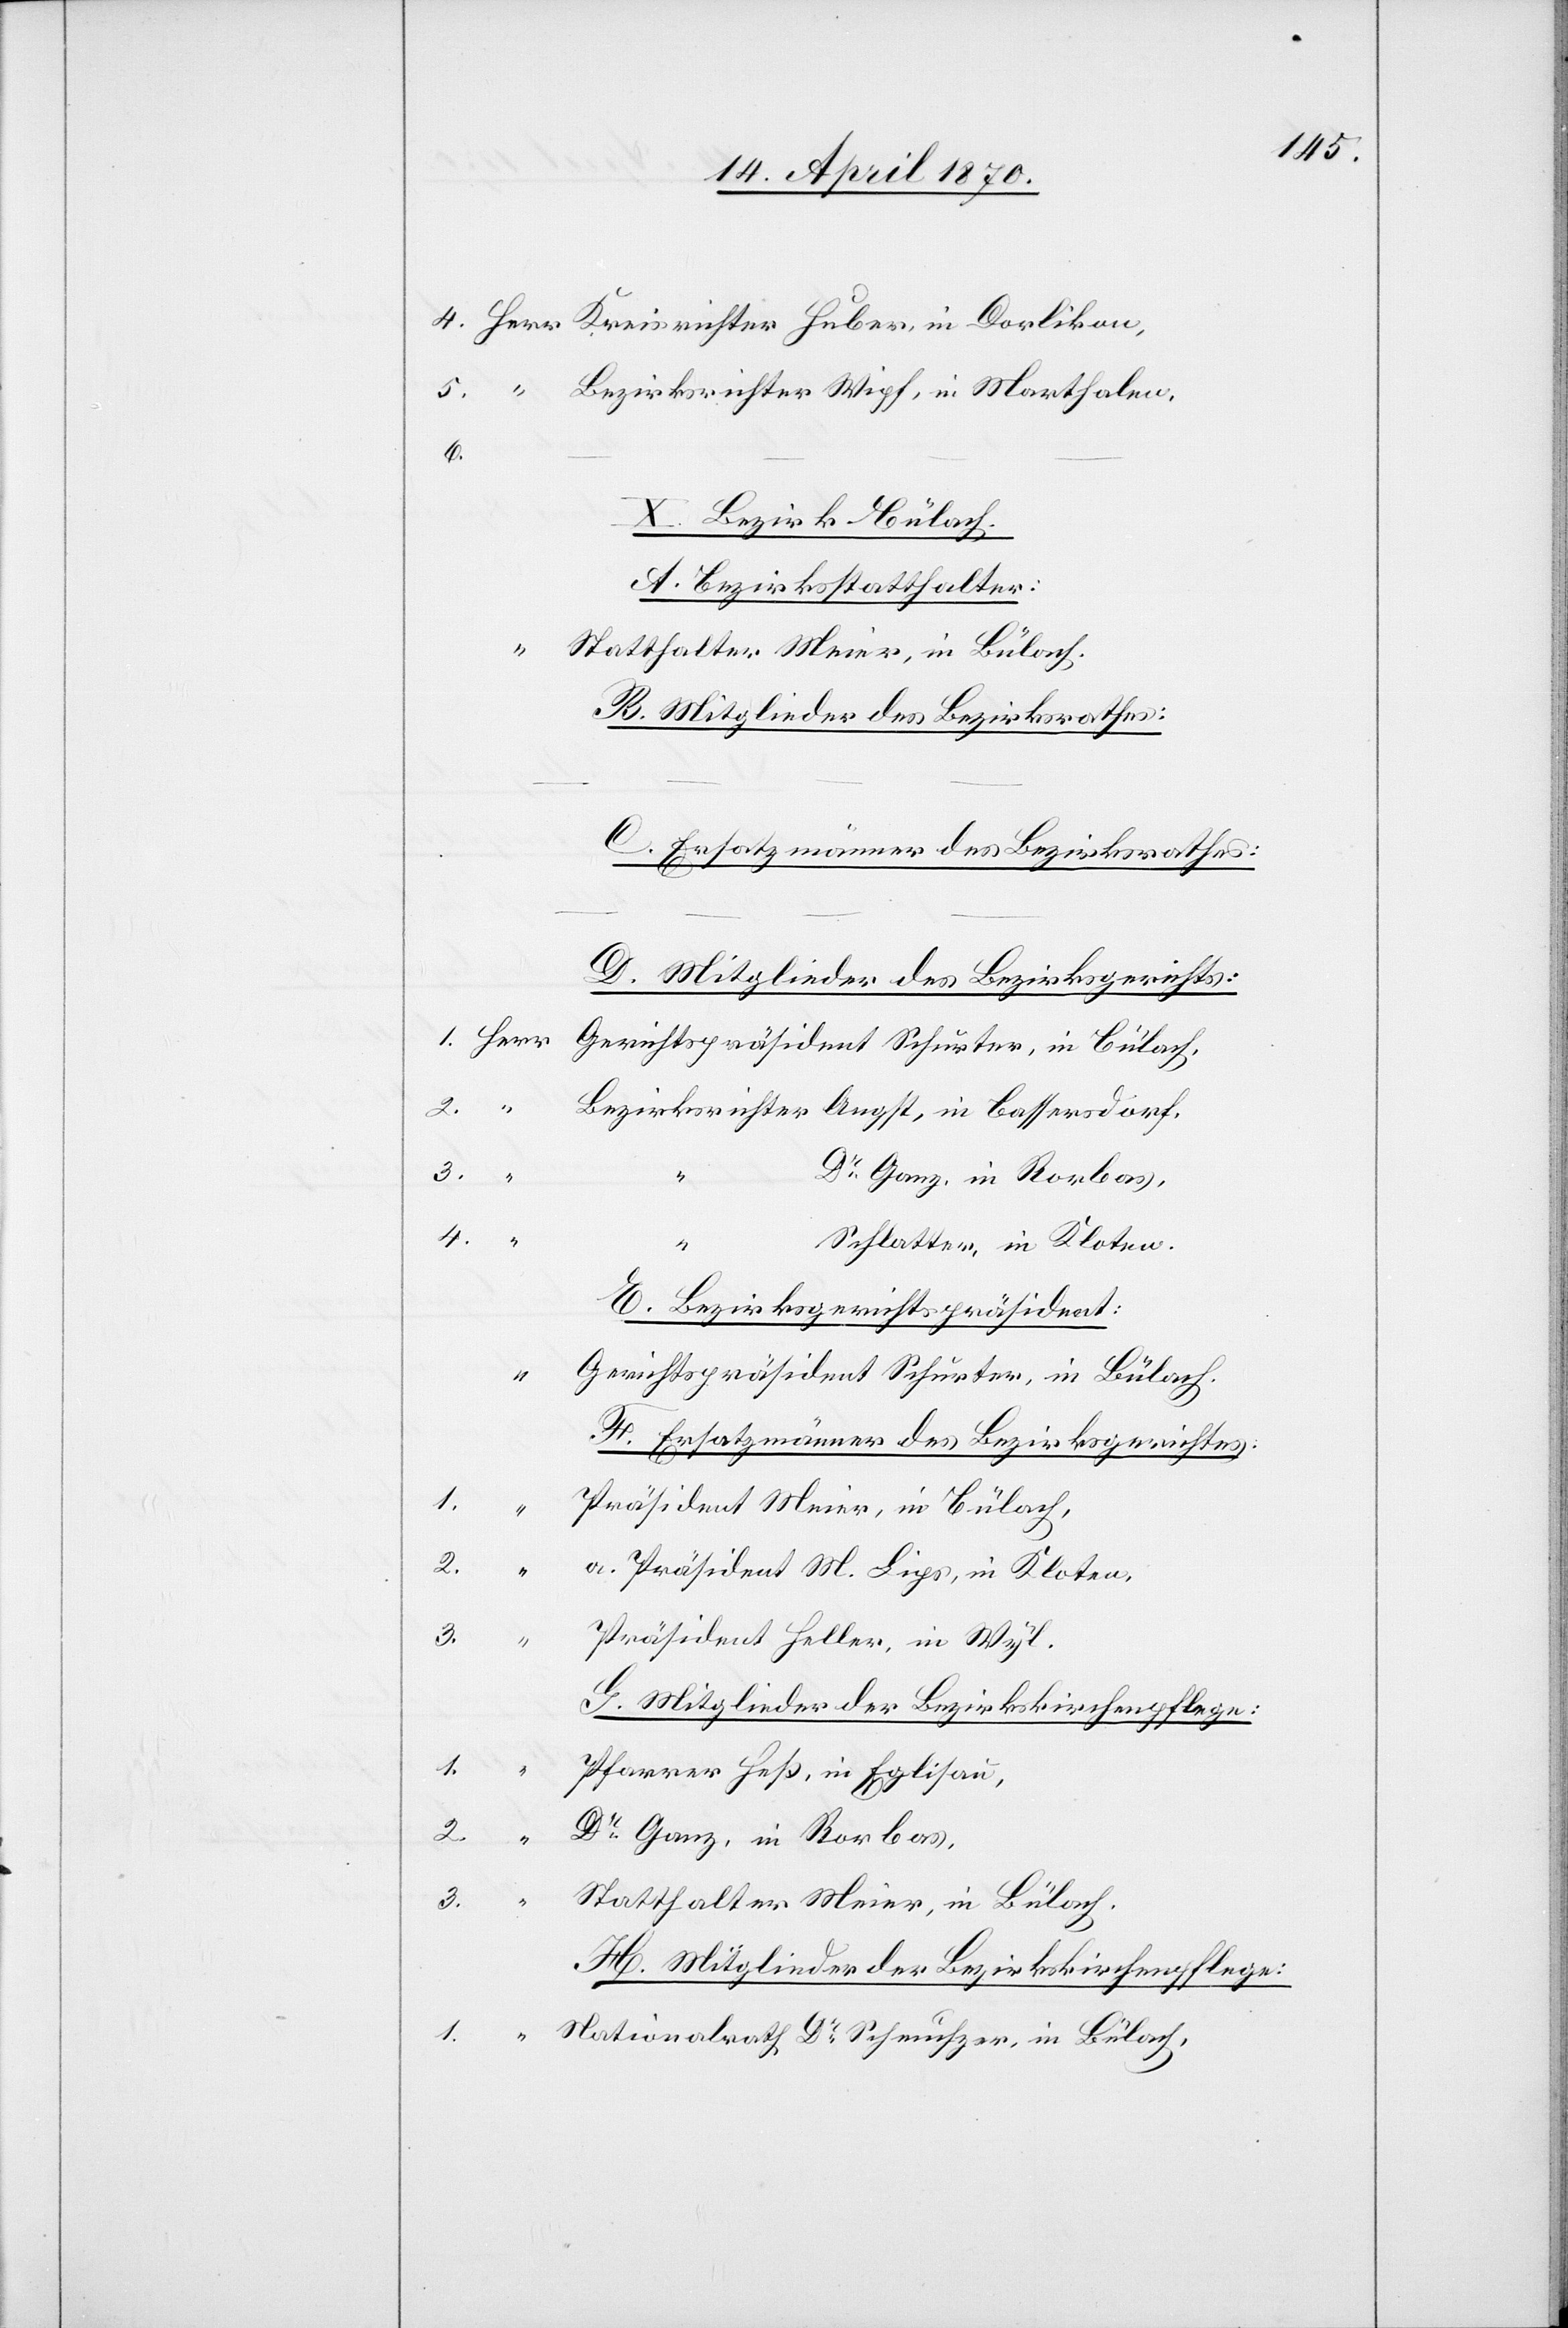
Bezirksrichter Wipf, in Marthalen,
6.
X. Bezirk Bülach.
A. Bezirksstatthalter:
“
Statthalter Meier, in Bülach.
B. Mitglieder des Bezirksrathes:
Ersatzmänner des Bezirksrathes:
D. Mitglieder des Bezirksgerichts:
Bezirksrichter Angst, in Bassersdorf.
Schlatter, in Kloten.
E. Bezirksgerichtspräsident:
Gerichtspräsident Schurter, in Bülach
F. Ersatzmänner des Bezirksgerichtes:
1.
Präsident Meier, in Bülach,
[recte:
3.
Präsident Heller, in Wyl.
H. Mitglieder der Bezirkskirchenpflege
C.
1.
Pfarrer Heß, in Eglisau,
2.
Dr Ganz, in Rorbas,
a.
3.
Statthalter Meier, in Bülach.
Nationalrath Dr Scheuchzer, in Bülach,